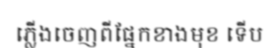
ភ្លើងចេញពីផ្នែកខាងមុខ ទើប